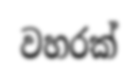
වහරක්